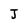
Character: J